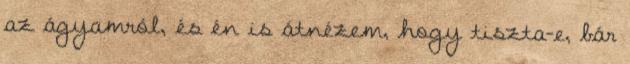
az ágyamról, és én is átnézem, hogy tiszta-e, bár